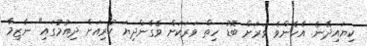
ކިޔައިދޭނެ. އެހެންވެ ވަރަށް ބޮޑު ހިތް ވަރަކަށް ވެގެންދިޔަ ކުރިއަށް ދިއުމުގައި" ނާޒިމާ